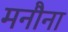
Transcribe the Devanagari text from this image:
मनौना